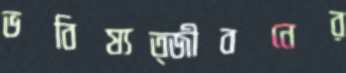
ভবিষ্যত্জীবনের